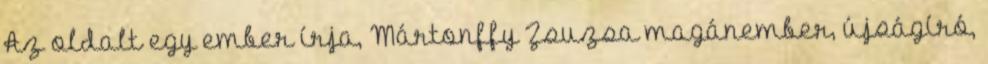
Az oldalt egy ember írja, Mártonffy Zsuzsa magánember, újságíró,